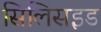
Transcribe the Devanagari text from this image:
सिलिसइड